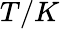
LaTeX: T/K